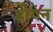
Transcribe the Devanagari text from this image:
डीगन